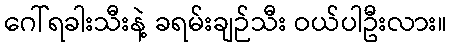
ဂေါ်ရခါးသီးနဲ့ ခရမ်းချဉ်သီး ဝယ်ပါဦးလား။